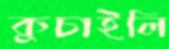
কুচাইলি